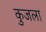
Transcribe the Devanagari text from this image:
कुजला